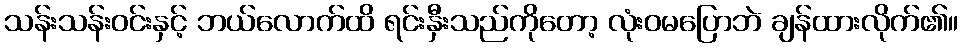
သန်းသန်းဝင်းနှင့် ဘယ်လောက်ထိ ရင်းနှီးသည်ကိုတော့ လုံးဝမပြောဘဲ ချန်ထားလိုက်၏။